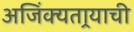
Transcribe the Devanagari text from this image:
अजिंक्‍यतार्‍याची